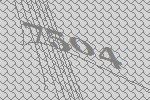
7504